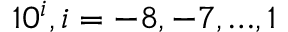
1 0 ^ { i } , i = - 8 , - 7 , … , 1